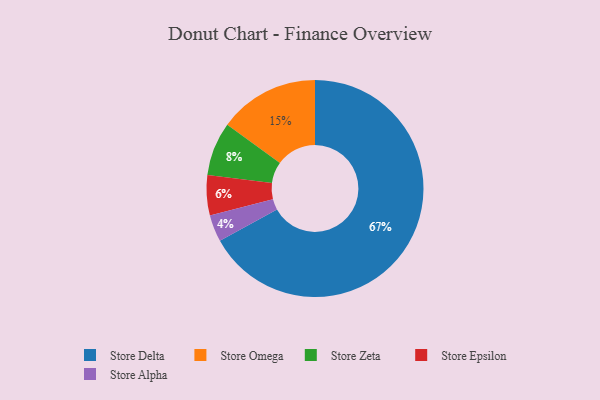
{"axis": {"x": "Category", "y": "Percentage"}, "legend": ["Store Alpha", "Store Delta", "Store Epsilon", "Store Omega", "Store Zeta"], "data": [{"x": "Store Omega", "y": 15, "type": "Store Omega"}, {"x": "Store Epsilon", "y": 6, "type": "Store Epsilon"}, {"x": "Store Delta", "y": 67, "type": "Store Delta"}, {"x": "Store Zeta", "y": 8, "type": "Store Zeta"}, {"x": "Store Alpha", "y": 4, "type": "Store Alpha"}]}